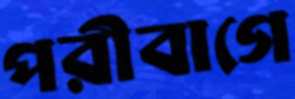
পরীবাগে